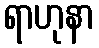
ရာဟုနာ